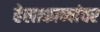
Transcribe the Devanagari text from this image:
हेलाकाव्यांवर